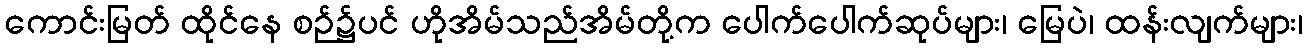
ကောင်းမြတ် ထိုင်နေ စဉ်၌ပင် ဟိုအိမ်သည်အိမ်တို့က ပေါက်ပေါက်ဆုပ်များ၊ မြေပဲ၊ ထန်းလျက်များ၊